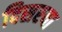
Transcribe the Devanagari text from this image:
दिसरया